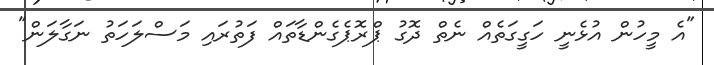
"އެ މީހުން އުޅެނީ ހަގީގަތެއް ނެތް ދޮގު ޕްރޮޕެގެންޑާތައް ފަތުރައި މަސްލަހަތު ނަގާލަން"